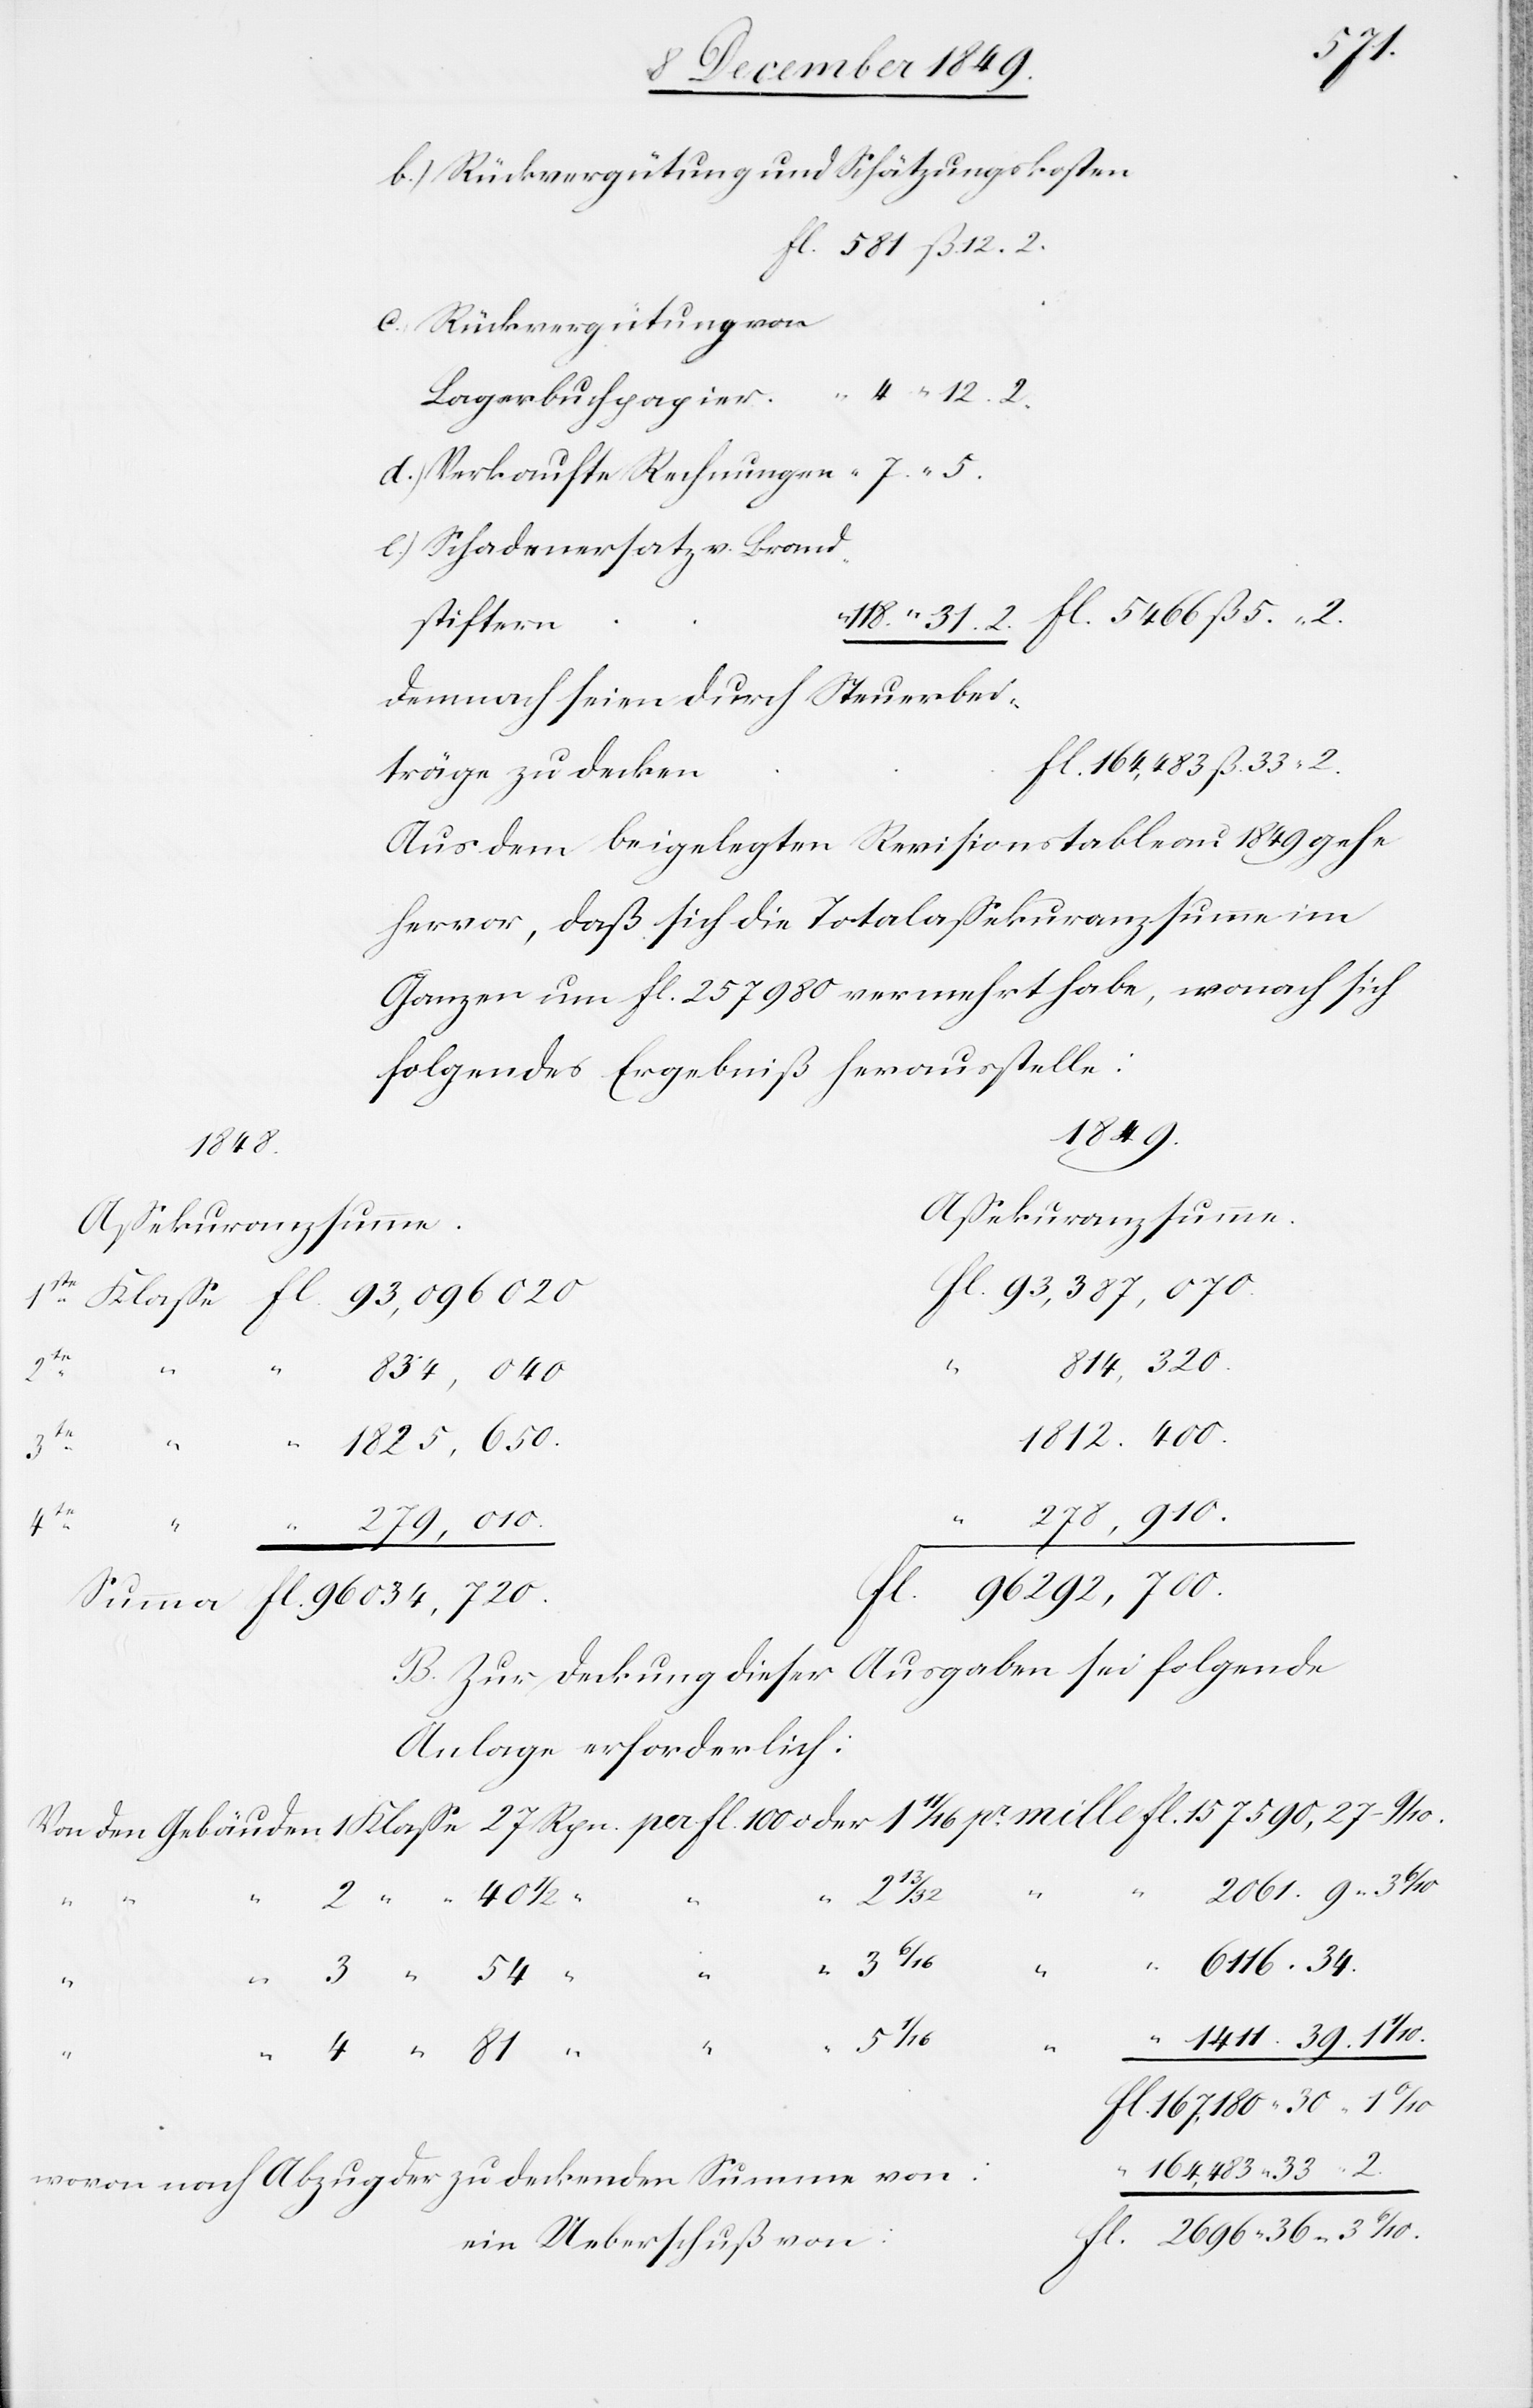
b.) Rückvergütung und Schätzungskoste¬
l. 581 ß 12. 2.
c. Rückvergütungen von
d.) Verkaufte Rechnungen
e.) Schadenersatz v. Brand¬
118. “ 31. 2.	fl. 5466 ß 5. 2.
stifter¬
Dennoch seien durch Steuerbeit¬
Aus dem beigelegten Revisionstableau 1849 gehe
hervor, daß sich die Totalaßekuranzsumme im
ganzen um fl. 257980 vermehrt habe, wonach sich
folgendes Ergebniß herausstelle:
1849.
Aßekuranzsumme.
fl 93,387,070.
814,320.
1
pro
834,040
1812,400.
“
“ 1825,650
3 te
164,483
“
1411.
39. 1
“
Fl 96292,700.
B. Zur Deckung dieser Ausgaben sei folgende
Anlage erforderlich:
2061. 9-3
4
“
33
2.
6116. 34
mille
fl 167,180 30 1 1/10
wovon nach Abzug der zu deckenden Summe vo¬
ein Ueberschuß von: